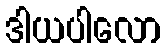
ဒါယပါလော